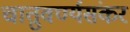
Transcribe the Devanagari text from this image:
चातुवर्ण्यसंकर